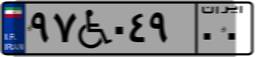
۷۵W۸۵۰۲۰